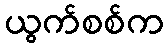
ယွက်စစ်က